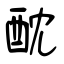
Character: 酖